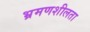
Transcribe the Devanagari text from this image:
भ्रमणशीलता